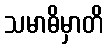
သမာဓိမှာတိ